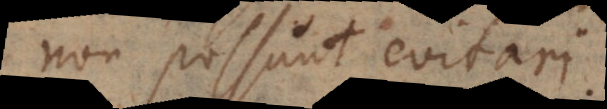
non possunt evitari.